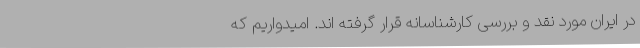
در ایران مورد نقد و بررسی کارشناسانه قرار گرفته اند. امیدواریم که